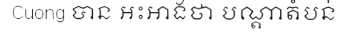
Cuong បាន អះអាងថា បណ្តាតំបន់